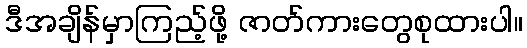
ဒီအချိန်မှာကြည့်ဖို့ ဇာတ်ကားတွေစုထားပါ။